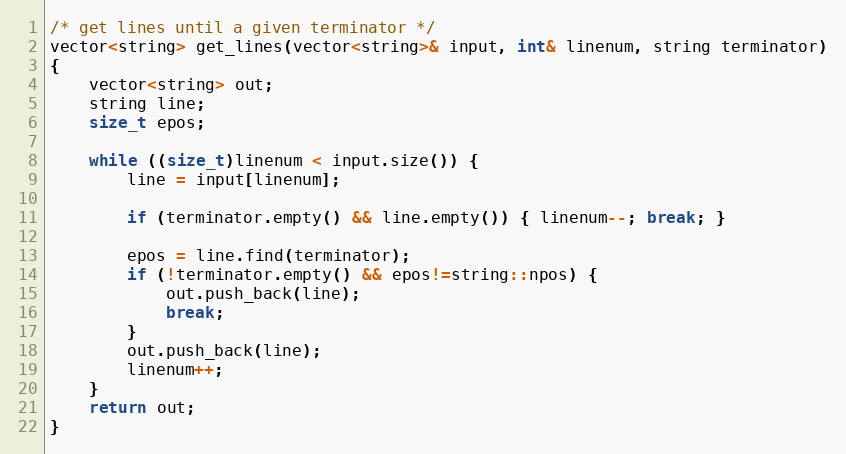
Language: C++
/* get lines until a given terminator */
vector<string> get_lines(vector<string>& input, int& linenum, string terminator)
{
    vector<string> out;
    string line;
    size_t epos;

    while ((size_t)linenum < input.size()) {
        line = input[linenum];

        if (terminator.empty() && line.empty()) { linenum--; break; }

        epos = line.find(terminator);
        if (!terminator.empty() && epos!=string::npos) {
            out.push_back(line);
            break;
        }
        out.push_back(line);
        linenum++;
    }
    return out;
}